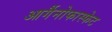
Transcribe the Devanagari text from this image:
आर्गैनोफास्फेट